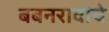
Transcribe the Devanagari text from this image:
बबनरावांचे